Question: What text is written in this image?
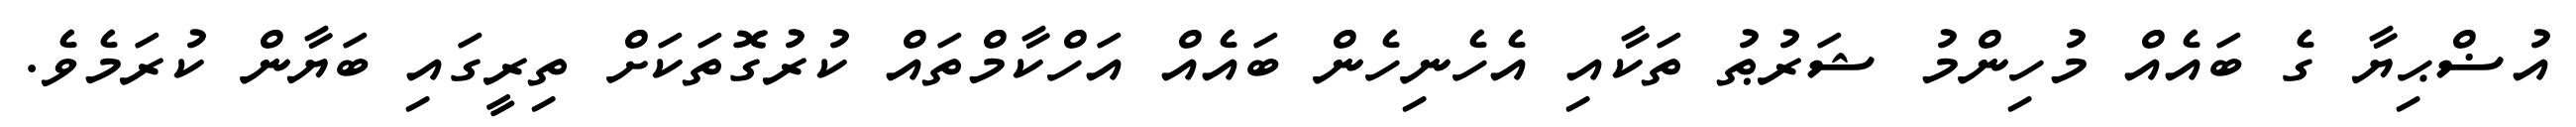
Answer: އުޟްޙިޔާ ގެ ބައެއް މުހިންމު ޝަރުޠު ތަކާއި އެހެނިހެން ބައެއް އަހްކާމްތައް ކުރުގޮތަކަށް ތިރީގައި ބަޔާން ކުރަމެވެ.